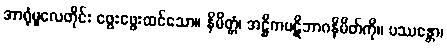
အာရုံမူလေတိုင်း ဖွေးဖွေးထင်သော။ နိမိတ္တံ၊ အဋ္ဌိကပဋိဘာဂနိမိတ်ကို။ ပဿန္တော၊